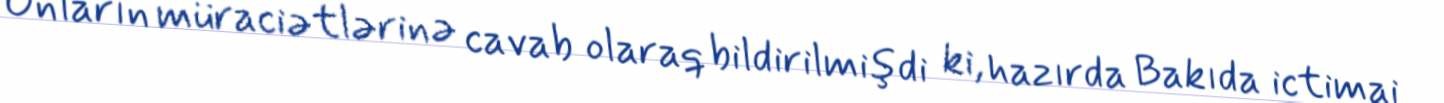
Onların müraciətlərinə cavab olaraq bildirilmişdi ki, hazırda Bakıda ictimai